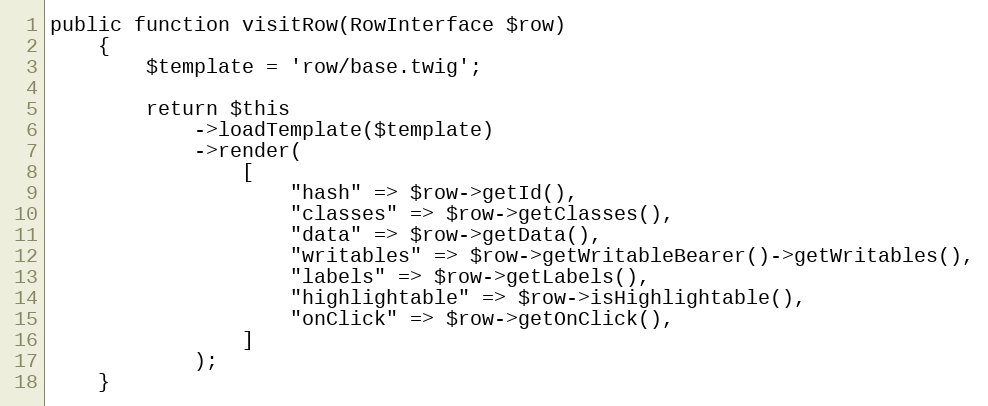
Language: PHP
public function visitRow(RowInterface $row)
    {
        $template = 'row/base.twig';

        return $this
            ->loadTemplate($template)
            ->render(
                [
                    "hash" => $row->getId(),
                    "classes" => $row->getClasses(),
                    "data" => $row->getData(),
                    "writables" => $row->getWritableBearer()->getWritables(),
                    "labels" => $row->getLabels(),
                    "highlightable" => $row->isHighlightable(),
                    "onClick" => $row->getOnClick(),
                ]
            );
    }